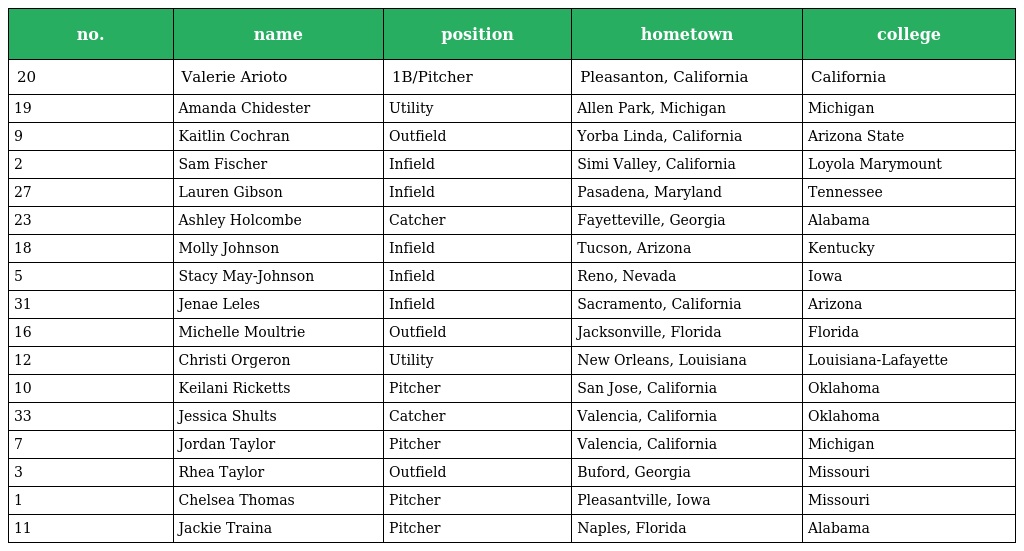
| no. | name | position | hometown | college |
 | --- | --- | --- | --- | --- |
 | 20 | Valerie Arioto | 1B/Pitcher | Pleasanton, California | California |
 | 19 | Amanda Chidester | Utility | Allen Park, Michigan | Michigan |
 | 9 | Kaitlin Cochran | Outfield | Yorba Linda, California | Arizona State |
 | 2 | Sam Fischer | Infield | Simi Valley, California | Loyola Marymount |
 | 27 | Lauren Gibson | Infield | Pasadena, Maryland | Tennessee |
 | 23 | Ashley Holcombe | Catcher | Fayetteville, Georgia | Alabama |
 | 18 | Molly Johnson | Infield | Tucson, Arizona | Kentucky |
 | 5 | Stacy May-Johnson | Infield | Reno, Nevada | Iowa |
 | 31 | Jenae Leles | Infield | Sacramento, California | Arizona |
 | 16 | Michelle Moultrie | Outfield | Jacksonville, Florida | Florida |
 | 12 | Christi Orgeron | Utility | New Orleans, Louisiana | Louisiana-Lafayette |
 | 10 | Keilani Ricketts | Pitcher | San Jose, California | Oklahoma |
 | 33 | Jessica Shults | Catcher | Valencia, California | Oklahoma |
 | 7 | Jordan Taylor | Pitcher | Valencia, California | Michigan |
 | 3 | Rhea Taylor | Outfield | Buford, Georgia | Missouri |
 | 1 | Chelsea Thomas | Pitcher | Pleasantville, Iowa | Missouri |
 | 11 | Jackie Traina | Pitcher | Naples, Florida | Alabama |